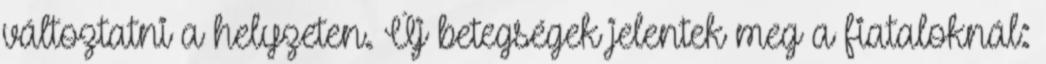
változtatni a helyzeten. Új betegségek jelentek meg a fiataloknál: